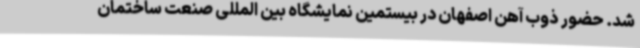
شد. حضور ذوب آهن اصفهان در بیستمین نمایشگاه بین المللی صنعت ساختمان